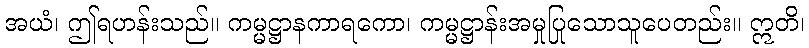
အယံ၊ ဤရဟန်းသည်။ ကမ္မဋ္ဌာနကာရကော၊ ကမ္မဋ္ဌာန်းအမှုပြုသောသူပေတည်း။ ဣတိ၊